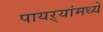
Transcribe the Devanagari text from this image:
पायऱ्यांमध्ये